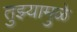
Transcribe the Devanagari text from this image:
तुझ्यामुळे